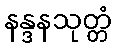
နန္ဒနသုတ္တံ